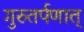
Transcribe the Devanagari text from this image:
गुरुतर्पणात्